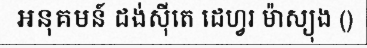
អនុគមន៍ ដង់ស៊ីតេ ដេហ្វរ ម៉ាស្យុង ()